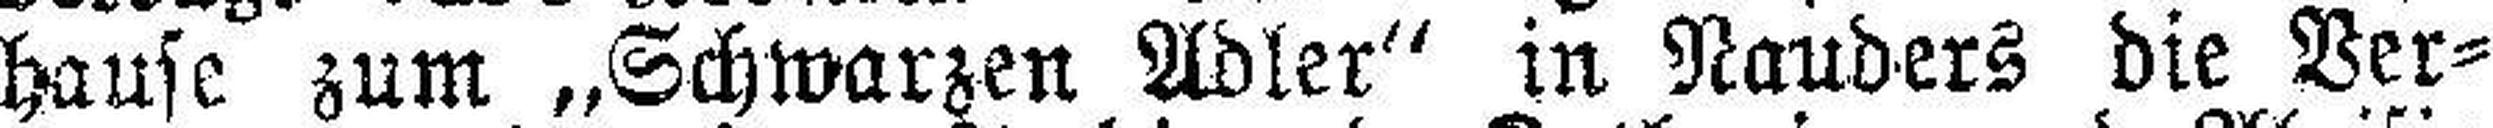
hause zum „Schwarzen Adler“ in Nauders die Ver¬